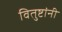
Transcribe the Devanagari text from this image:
वितुष्टांनी